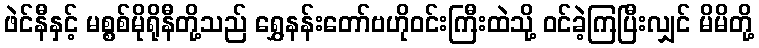
ဖဲင်နီနှင့် မစ္စစ်မိုရိုနီတို့သည် ရွှေနန်းတော်ဗဟိုဝင်းကြီးထဲသို့ ဝင်ခဲ့ကြပြီးလျှင် မိမိတို့